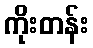
ကိုးတန်း